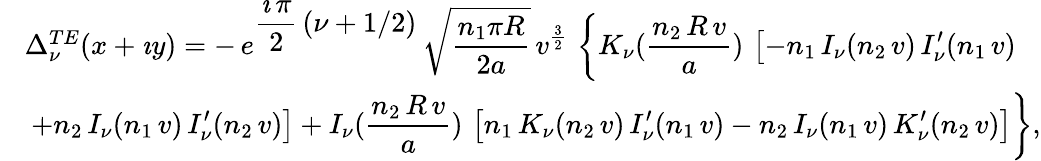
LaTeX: \begin{array}{c}{{\Delta_{\nu}^{TE}(x+\imath y)=\displaystyle{-\, e^{\displaystyle{\frac{\imath\, \pi}{2}\, \left(\nu+1/2\right)}}\, {\sqrt{\frac{n_{1}\pi R}{2a}}}\, }\displaystyle{{v}^{\frac{3}{2}}\, \left\{ K_{\nu}(\frac{n_{2}\, R\, v}{a})\, \left[-n_{1}\, I_{\nu}(n_{2}\, v)\, I_{\nu}^{\prime}(n_{1}\, v)\right.\right.}}}\\ {{\displaystyle{\phantom{\frac{1}{1}}\left.\left.+n_{2}\, I_{\nu}(n_{1}\, v)\, I_{\nu}^{\prime}(n_{2}\, v)\right]+I_{\nu}(\frac{n_{2}\, R\, v}{a})\, \left[n_{1}\, K_{\nu}(n_{2}\, v)\, I_{\nu}^{\prime}(n_{1}\, v)-n_{2}\, I_{\nu}(n_{1}\, v)\, K_{\nu}^{\prime}(n_{2}\, v)\right]\right\} },}}\end{array}